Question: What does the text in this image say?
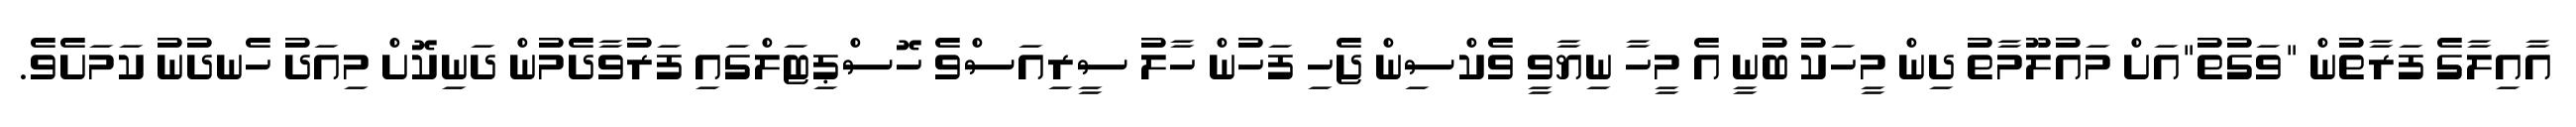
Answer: އާއިލާގެ ފަރާތުން "ވަގުތު"އަށް މައުލޫމާތު ދިން މީހަކު ބުނީ އެ މީހާ ނިޔާވީ ވެކްސިން ޖެހި ފަހުން ހާލު ސީރިއަސްވެ ހޮސްޕިޓަލްގައި ފަރުވާދެމުން ދަނިކޮށް މިއަދު ހެނދުނު ކަމަށެވެ.